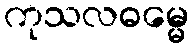
ကုသလဓမ္မေ